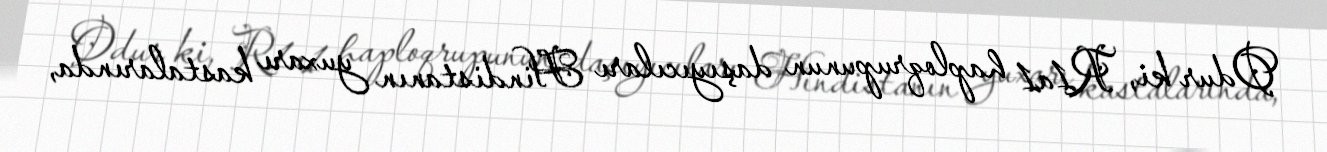
Odur ki, R1a1 haploqrupunun daşıyıcıları Hindistanın yuxarı kastalarında,